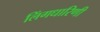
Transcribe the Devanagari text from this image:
लिंगधारिणी